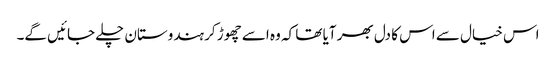
اس خیال سے اس کا دل بھر آیا تھا کہ وہ اسے چھوڑ کر ہندوستان چلے جائیں گے۔